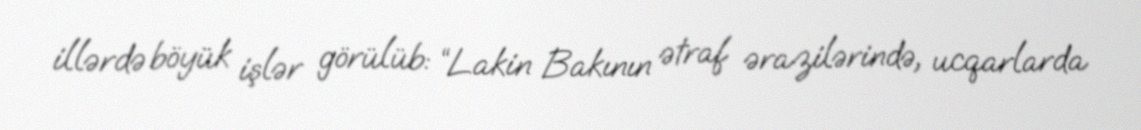
illərdə böyük işlər görülüb: “Lakin Bakının ətraf ərazilərində, ucqarlarda